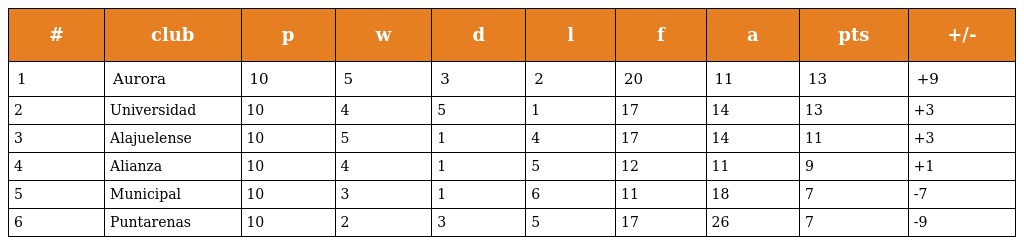
| # | club | p | w | d | l | f | a | pts | +/- |
 | --- | --- | --- | --- | --- | --- | --- | --- | --- | --- |
 | 1 | Aurora | 10 | 5 | 3 | 2 | 20 | 11 | 13 | +9 |
 | 2 | Universidad | 10 | 4 | 5 | 1 | 17 | 14 | 13 | +3 |
 | 3 | Alajuelense | 10 | 5 | 1 | 4 | 17 | 14 | 11 | +3 |
 | 4 | Alianza | 10 | 4 | 1 | 5 | 12 | 11 | 9 | +1 |
 | 5 | Municipal | 10 | 3 | 1 | 6 | 11 | 18 | 7 | -7 |
 | 6 | Puntarenas | 10 | 2 | 3 | 5 | 17 | 26 | 7 | -9 |